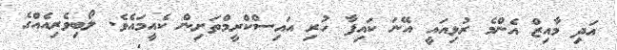
އަދި މާއިޒް އެންމެ ރުޅިއައީ އޭނަ ކައިފާ ހުރި އައިސްކްރީމްތަށިން ކެއީމައެވެ. ލޯބިވެރިއެއްގެ